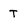
Character: T